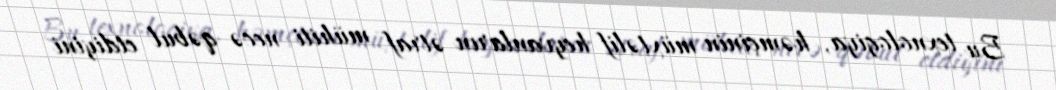
Bu texnologiya, həmçinin müxtəlif heyvanların ətraf mühiti necə qəbul etdiyini